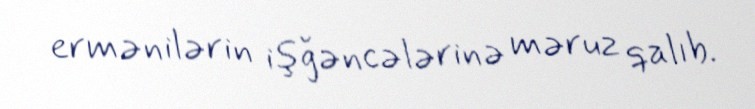
ermənilərin işğəncələrinə məruz qalıb.